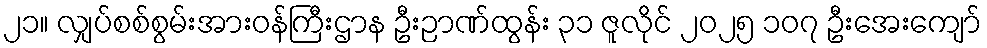
၂၁။ လျှပ်စစ်စွမ်းအားဝန်ကြီးဌာန ဦးဉာဏ်ထွန်း ၃၁ ဇူလိုင် ၂၀၂၅ ၁၀၇ ဦးအေးကျော်